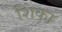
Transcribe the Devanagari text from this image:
शिंका